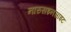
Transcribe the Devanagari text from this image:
नारुसइनसाइट